Annual report on the health of the army in India
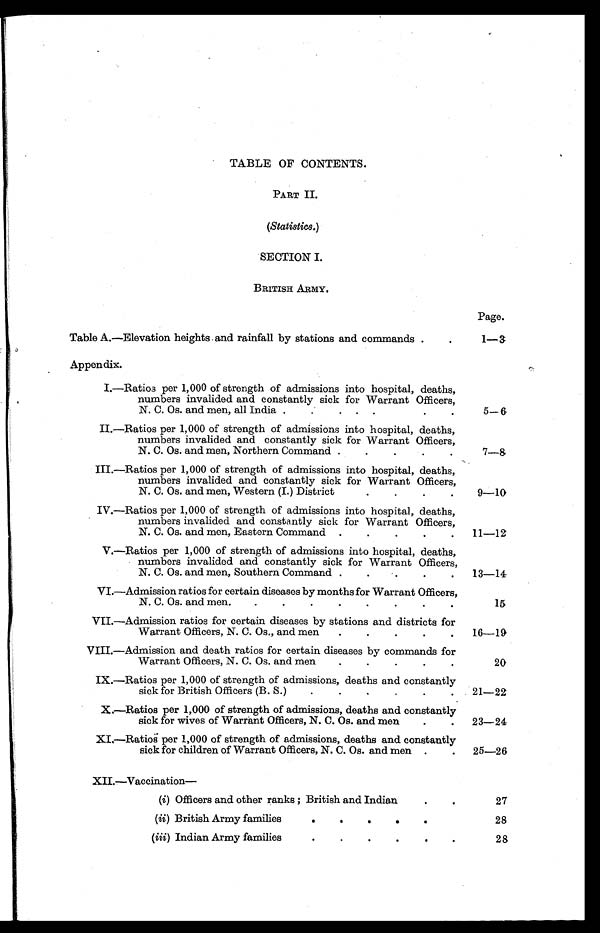
TABLE OF CONTENTS.
PART II.
(Statistics.)
SECTION I.
BRITISH ARMY.
Page.
Table A.—Elevation heights and rainfall by stations and commands
1—3
Appendix.
I.—Ratios per 1,000 of strength of admissions into hospital, deaths,
numbers invalided and constantly sick for Warrant Officers,
N. C. Os. and men, all India .
.
. . .
5—6
II.—Ratios per 1,000 of strength of admissions into hospital, deaths,
numbers invalided and constantly sick for Warrant Officers,
N. C. Os. and men, Northern Command .
7—8
III.—Ratios per 1,000 of strength of admissions into hospital, deaths,
numbers invalided and constantly sick for Warrant Officers,
N. C. Os. and men, Western (I.) District
9—10
IV.—Ratios per 1,000 of strength of admissions into hospital, deaths,
numbers invalided and constantly sick for Warrant Officers,
N. C. Os. and men, Eastern Command
11—12
V.—Ratios per 1,000 of strength of admissions into hospital, deaths,
numbers invalided and constantly sick for Warrant Officers,
N. C. Os. and men, Southern Command .
13—14
VI.—Admission ratios for certain diseases by months for Warrant Officers,
N. C. Os. and men.
15
VII.—Admission ratios for certain diseases by stations and districts for
Warrant Officers, N. C. Os., and men
16—19
VIII.—Admission and death ratios for certain diseases by commands for
Warrant Officers, N. C. Os. and men
20
IX.—Ratios per 1,000 of strength of admissions, deaths and constantly
sick for British Officers (B. S.)
21—22
X,—Ratios per 1,000 of strength of admissions, deaths and constantly
sick for wives of Warrant Officers, N. C. Os. and men
23—24
XI,—Ratio per 1,000 of strength of admissions, deaths and constantly
sick for children of Warrant Officers, N. C. Os. and men
25—26
XII.—Vaccination
—
(i) Officers and other ranks ; British and Indian
27
(ii) British Army families
28
(iii) Indian Army families
28